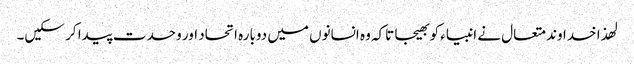
لھذا خداوند متعال نے انبیاء کو بھیجا تاکہ وہ انسانوں میں دوبارہ اتحاد اور وحدت پیدا کر سکیں۔